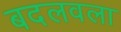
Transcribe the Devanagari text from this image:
बदलवला